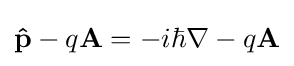
\mathbf {\hat {p}} -q\mathbf {A} =-i\hbar \nabla -q\mathbf {A}